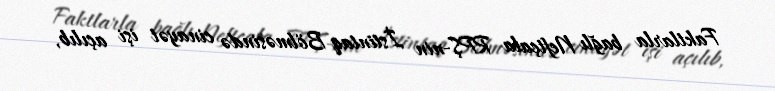
Faktlarla bağlı Neftçala RPŞ-nin İstintaq Bölməsində cinayət işi açılıb,